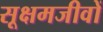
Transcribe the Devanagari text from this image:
सूक्षमजीवों